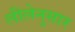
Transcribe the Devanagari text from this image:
लीलेनुसार